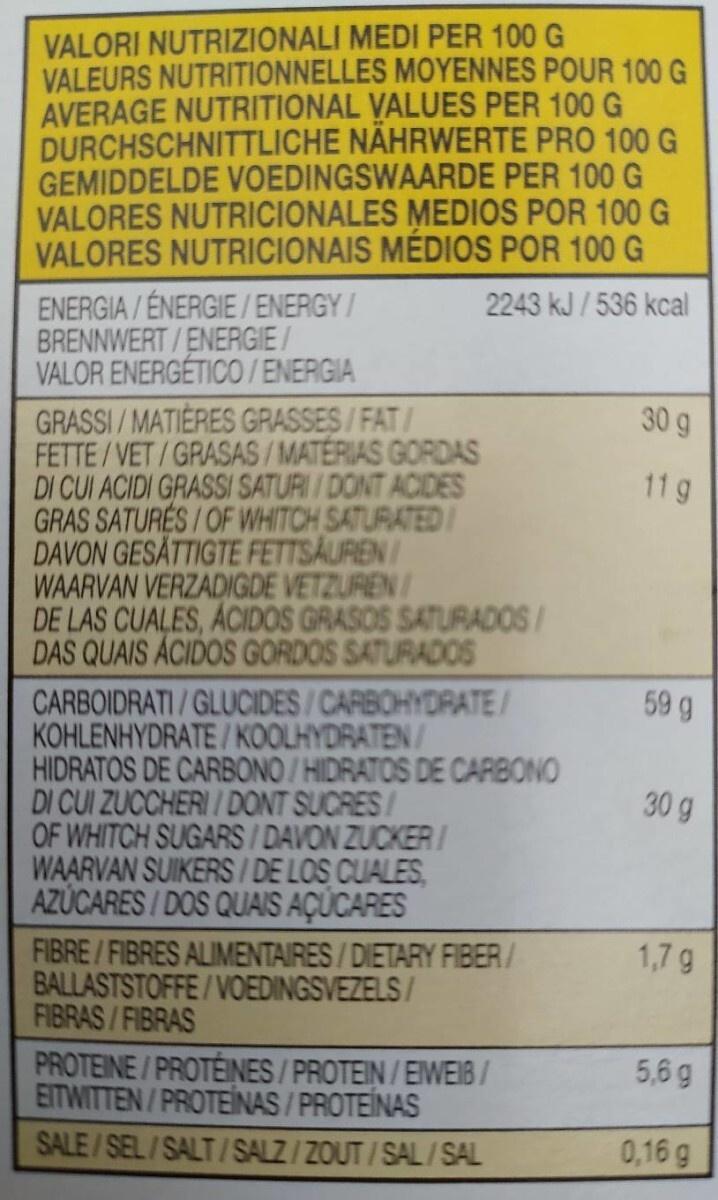
VALORI NUTRIZIONALI MEDI PER 100 G VALEURS NUTRITIONNELLES MOYENNES POUR 100 G AVERAGE NUTRITIONAL VALUES PER 100 G DURCHSCHNITTLICHE NÄHRWERTE PRO 100 G GEMIDDELDE VOEDINGSWAARDE PER 100 G VALORES NUTRICIONALES MEDIOS POR 100 G VALORES NUTRICIONAIS MÉDIOS POR 100 G
2243 kJ/536 kcal
ENERGIA/ÉNERGIE/ENERGY/ BRENNWERT/ENERGIE/ VALOR ENERGÉTICO/ENERGIA
GRASSI/MATIÈRES GRASSES/FAT/ FETTE/VET/GRASAS/MATERIAS GORDAS DI CUI ACIDI GRASSI SATURI/DONT ACIDES GRAS SATURES/OF WHITCH SATURATED DAVON GESÄTTIGTE FETTSÄUREN/ WAARVAN VERZADIGDE VETZUREN/ DE LAS CUALES, ÁCIDOS GRASOS SATURADOS/ DAS QUAIS ÁCIDOS GORDOS SATURADOS
CARBOIDRATI/GLUCIDES/CARBOHYDRATE/ KOHLENHYDRATE/KOOLHYDRATEN/
HIDRATOS DE CARBONO/HIDRATOS DE CARBONO DI CUI ZUCCHERI/DONT SUCRES/ OF WHITCH SUGARS/DAVON ZUCKER/ WAARVAN SUIKERS/DE LOS CUALES AZÚCARES/DOS QUAIS AÇUCARES
FIBRE/FIBRES ALIMENTAIRES/DIETARY FIBER/
BALLASTSTOFFE/VOEDINGSVEZELS/
FIBRAS/FIBRAS
PROTEINE/PROTÉINES/PROTEIN/EIWEIB/ EITWITTEN/PROTEÍNAS/PROTEÍNAS
SALE/SEL/SALT/SALZ/ZOUT/SAL/SAL
30 g
11g
59 g
30 g
1,7 g
5,6g
0,16 g